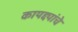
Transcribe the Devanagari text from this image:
कायद्द्यांचे